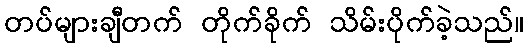
တပ်များချီတက် တိုက်ခိုက် သိမ်းပိုက်ခဲ့သည်။